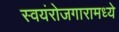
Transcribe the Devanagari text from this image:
स्वयंरोजगारामध्ये